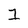
Character: 1